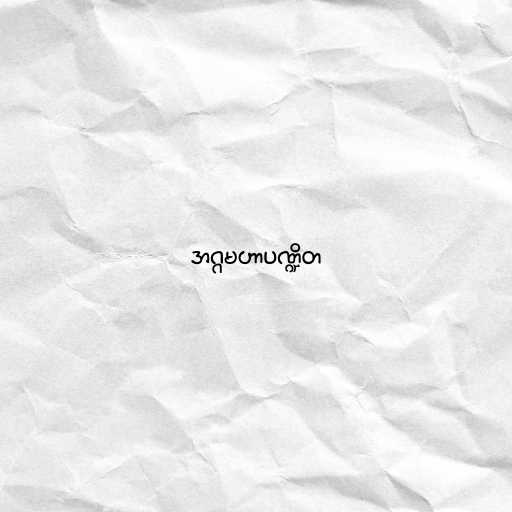
အဂ္ဂမဟာပဏ္ဍိတ